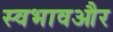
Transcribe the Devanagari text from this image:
स्वभावऔर